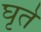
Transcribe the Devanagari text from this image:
घृते